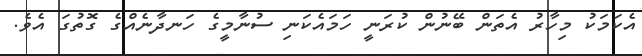
އެކަމަކު މިހާރު އެތަން ބޭނުން ކުރަނީ ހަމައެކަނި ސުނާމީގެ ހަނދާނެއްގެ ގޮތުގަ އެވެ.